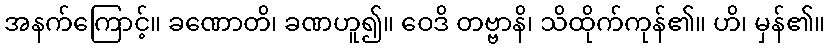
အနက်ကြောင့်။ ခဏောတိ၊ ခဏဟူ၍။ ဝေဒိ တဗ္ဗာနိ၊ သိထိုက်ကုန်၏။ ဟိ၊ မှန်၏။